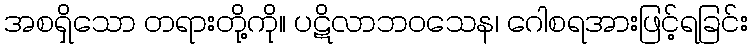
အစရှိသော တရားတို့ကို။ ပဋိလာဘဝသေန၊ ဂေါစရအားဖြင့်ရခြင်း